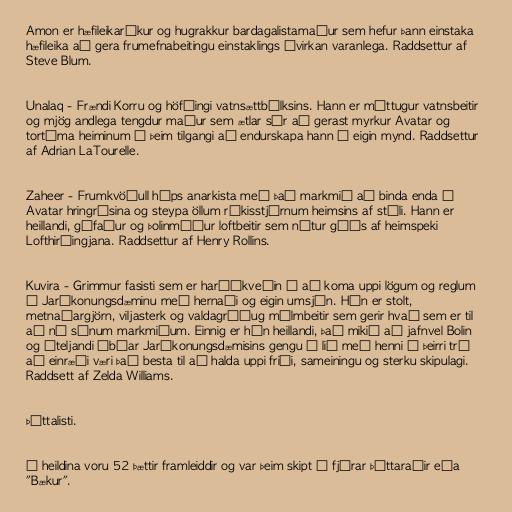
Amon er hæfileikaríkur og hugrakkur bardagalistamaður sem hefur þann einstaka
hæfileika að gera frumefnabeitingu einstaklings óvirkan varanlega. Raddsettur af
Steve Blum.

Unalaq - Frændi Korru og höfðingi vatnsættbálksins. Hann er máttugur vatnsbeitir
og mjög andlega tengdur maður sem ætlar sér að gerast myrkur Avatar og
tortíma heiminum í þeim tilgangi að endurskapa hann í eigin mynd. Raddsettur
af Adrian LaTourelle.

Zaheer - Frumkvöðull hóps anarkista með það markmið að binda enda á
Avatar hringrásina og steypa öllum ríkisstjórnum heimsins af stóli. Hann er
heillandi, gáfaður og þolinmóður loftbeitir sem nýtur góðs af heimspeki
Lofthirðingjana. Raddsettur af Henry Rollins.

Kuvira - Grimmur fasisti sem er harðákveðin í að koma uppi lögum og reglum
í Jarðkonungsdæminu með hernaði og eigin umsjón. Hún er stolt,
metnaðargjörn, viljasterk og valdagráðug málmbeitir sem gerir hvað sem er til
að ná sínum markmiðum. Einnig er hún heillandi, það mikið að jafnvel Bolin
og óteljandi íbúar Jarðkonungsdæmisins gengu í lið með henni í þeirri trú
að einræði væri það besta til að halda uppi friði, sameiningu og sterku skipulagi.
Raddsett af Zelda Williams.

Þáttalisti.

Í heildina voru 52 þættir framleiddir og var þeim skipt í fjórar þáttaraðir eða
"Bækur".